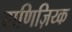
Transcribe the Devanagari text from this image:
वाणिज़िय्क